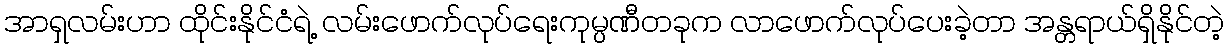
အာရှလမ်းဟာ ထိုင်းနိုင်ငံရဲ့ လမ်းဖောက်လုပ်ရေးကုမ္ပဏီတခုက လာဖောက်လုပ်ပေးခဲ့တာ အန္တရာယ်ရှိနိုင်တဲ့